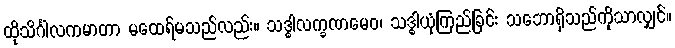
ထိုသိင်္ဂါလကမာတာ မထေရ်မသည်လည်း။ သဒ္ဓါလက္ခဏမေဝ၊ သဒ္ဓါယုံကြည်ခြင်း သဘောရှိသည်ကိုသာလျှင်။